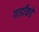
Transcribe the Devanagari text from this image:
गार्डांकडे